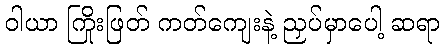
ဝါယာ ကြိုးဖြတ် ကတ်ကျေးနဲ့ ညှပ်မှာပေါ့ ဆရာ